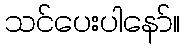
သင်ပေးပါနော်။